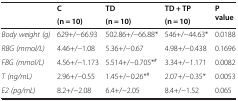
| <ROWSPAN=2>  | C | TD | TD + TP | <ROWSPAN=2> P value |
 | (n = 10) | (n = 10) | (n = 10) |
 | --- | --- | --- | --- | --- |
 | Body weight (g) | 629+/−66.93 | 502.86+/−66.88* | 546+/−44.63* | 0.0188 |
 | RBG (mmol/L) | 4.46+/−1.08 | 5.36+/−0.67 | 4.98+/−0.438 | 0.1696 |
 | FBG (mmol/L) | 4.56+/−1.173 | 5.514+/−0.705*# | 3.34+/−1.171 | 0.0082 |
 | T (ng/mL) | 2.96+/−0.55 | 1.45+/−0.26*# | 2.07+/−0.35* | 0.0053 |
 | E2 (pg/mL) | 8.2+/−2.08 | 6.4+/−2.05 | 8.4+/−1.52 | 0.065 |